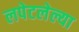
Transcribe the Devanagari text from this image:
लपेटलेल्या